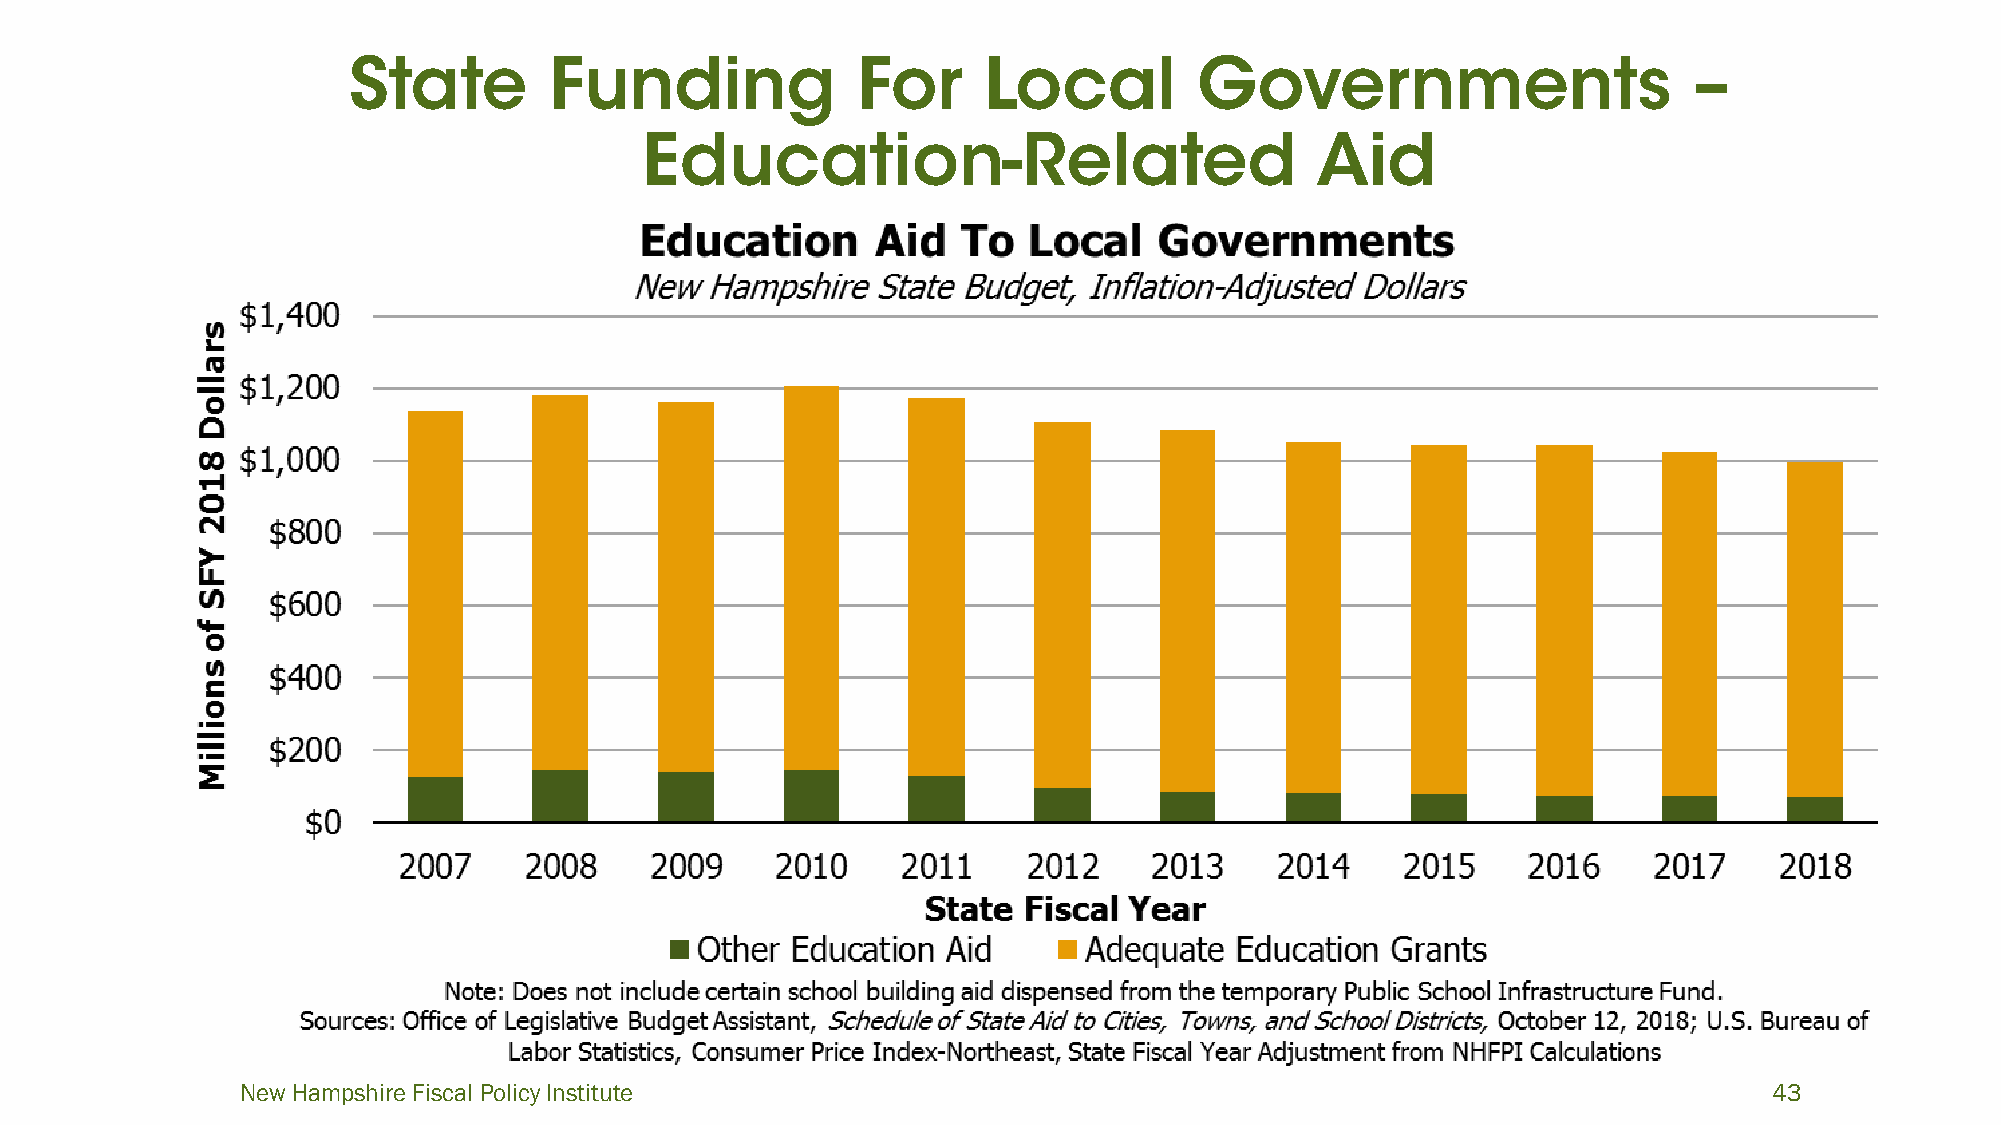
New Hampshire Fiscal Policy Institute                                                                43